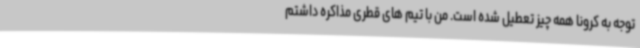
توجه به کرونا همه چیز تعطیل شده است. من با تیم های قطری مذاکره داشتم